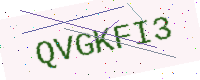
Text: QVGKFI3